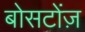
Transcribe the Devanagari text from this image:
बोसटोंज़